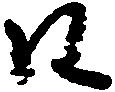
日